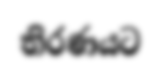
තිරණයට